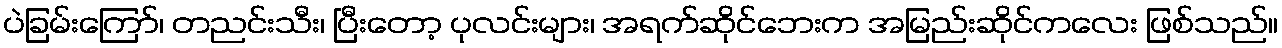
ပဲခြမ်းကြော်၊ တညင်းသီး၊ ပြီးတော့ ပုလင်းများ၊ အရက်ဆိုင်ဘေးက အမြည်းဆိုင်ကလေး ဖြစ်သည်။